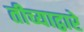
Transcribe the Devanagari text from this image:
तीच्याद्वारे